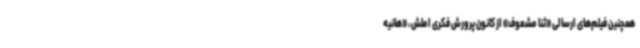
همچنین فیلم‌های ارسالی «ثنا مشعوف» از کانون پرورش فکری املش، «هانیه